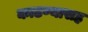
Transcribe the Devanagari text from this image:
काढण्यासह